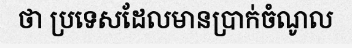
ថា ប្រទេសដែលមានប្រាក់ចំណូល